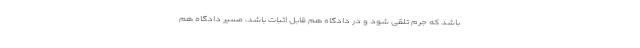
باشد که جرم تلقی شود و در دادگاه هم قابل اثبات باشد، مسیر دادگاه هم